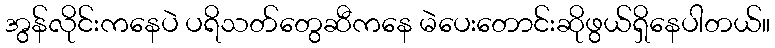
အွန်လိုင်းကနေပဲ ပရိသတ်တွေဆီကနေ မဲပေးတောင်းဆိုဖွယ်ရှိနေပါတယ်။